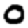
Digit: 0